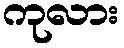
ကုလား